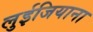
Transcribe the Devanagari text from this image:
लुईजियाना